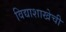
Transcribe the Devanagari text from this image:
विद्याशाखेची